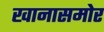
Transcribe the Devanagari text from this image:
खानासमोर